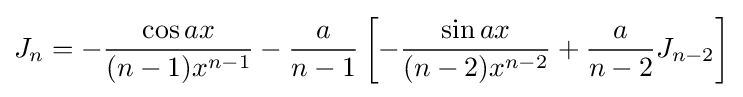
J_{n}=-{\frac {\cos {ax}}{(n-1)x^{n-1}}}-{\frac {a}{n-1}}\left[-{\frac {\sin {ax}}{(n-2)x^{n-2}}}+{\frac {a}{n-2}}J_{n-2}\right]\,\!